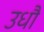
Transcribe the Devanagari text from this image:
उधौ